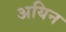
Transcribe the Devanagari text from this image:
अयिन